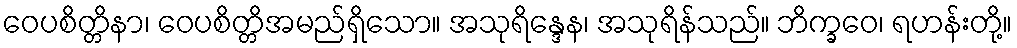
ဝေပစိတ္တိနာ၊ ဝေပစိတ္တိအမည်ရှိသော။ အသုရိန္ဒေန၊ အသုရိန်သည်။ ဘိက္ခဝေ၊ ရဟန်းတို့။